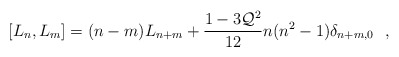
\begin{align*}[L_n , L_m] = (n-m) L_{n+m} +\frac{1-3 {\cal Q}^{2}}{12} n(n^{2}-1)\delta_{n+m,0}~~,\end{align*}